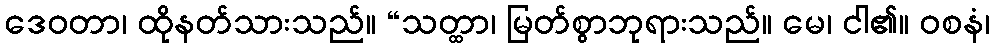
ဒေဝတာ၊ ထိုနတ်သားသည်။ “သတ္ထာ၊ မြတ်စွာဘုရားသည်။ မေ၊ ငါ၏။ ဝစနံ၊